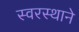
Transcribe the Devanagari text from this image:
स्वरस्थाने